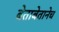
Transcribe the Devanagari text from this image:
बेताबेतानेच